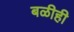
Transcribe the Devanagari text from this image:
बळीही